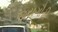
જયગૌરી